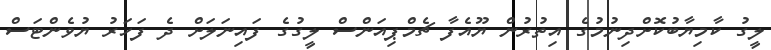
ލީގު ކާމިޔާބުކޮށްދިނުމުގެ އިތުރުން ޔޫއެފާ ޗެމްޕިއަންސް ލީގުގެ ފައިނަލަށް ދެ ފަހަރު ޔުވެންޓަސް